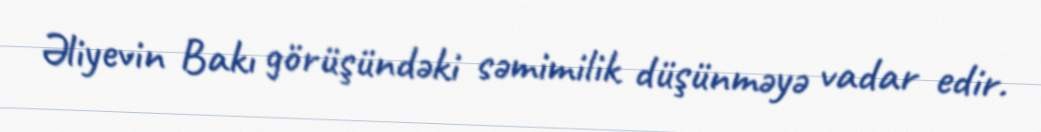
Əliyevin Bakı görüşündəki səmimilik düşünməyə vadar edir.